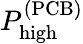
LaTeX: P_{\textrm{high}}^{(\textrm{PCB})}